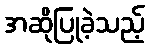
အဆိုပြုခဲ့သည့်